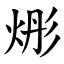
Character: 烿